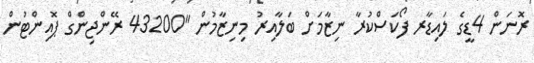
ރޮނަން 4ޑީގެ ލައިޑާރ ފޯކަސްކުރާ ނިޒާމަށް ބަލާއިރު މިނިޒާމުން "43200 ރޭންޖިންގް ޕޮއިންޓުން